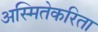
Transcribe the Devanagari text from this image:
अस्मितेकरिता